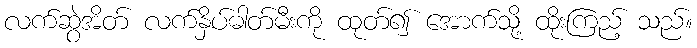
လက်ဆွဲအိတ် လက်နှိပ်ဓါတ်မီးကို ထုတ်၍ အောက်သို့ ထိုးကြည့် သည်။